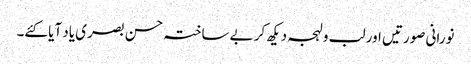
نورانی صورتیں اور لب و لہجہ دیکھ کر بے ساختہ حسن بصری یاد آیا کئے۔